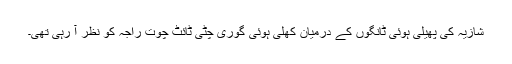
شازیہ کی پھیلی ہوئی ٹانگوں کے درمیان کھلی ہوئی گوری چٹی ٹائٹ چوت راجہ کو نظر آ رہی تھی۔